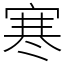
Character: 寒